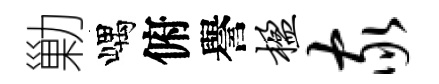
勦嵎俯譽楹家